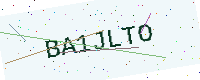
Text: BA1JLTO